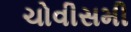
ચોવીસમી